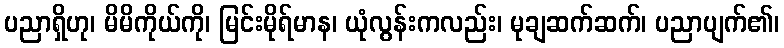
ပညာရှိဟု၊ မိမိကိုယ်ကို၊ မြင်းမိုရ်မာန၊ ယုံလွန်းကလည်း၊ မုချဆက်ဆက်၊ ပညာပျက်၏၊